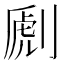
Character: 𠞄